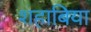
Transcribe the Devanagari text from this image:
शहाबिया